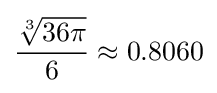
{\frac {\sqrt[{3}]{36\pi }}{6}}\approx 0.8060